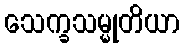
သေက္ခသမ္မုတိယာ